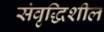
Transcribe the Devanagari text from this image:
संवृद्धिशील